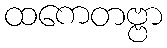
ထကေတဗ္ဗာ